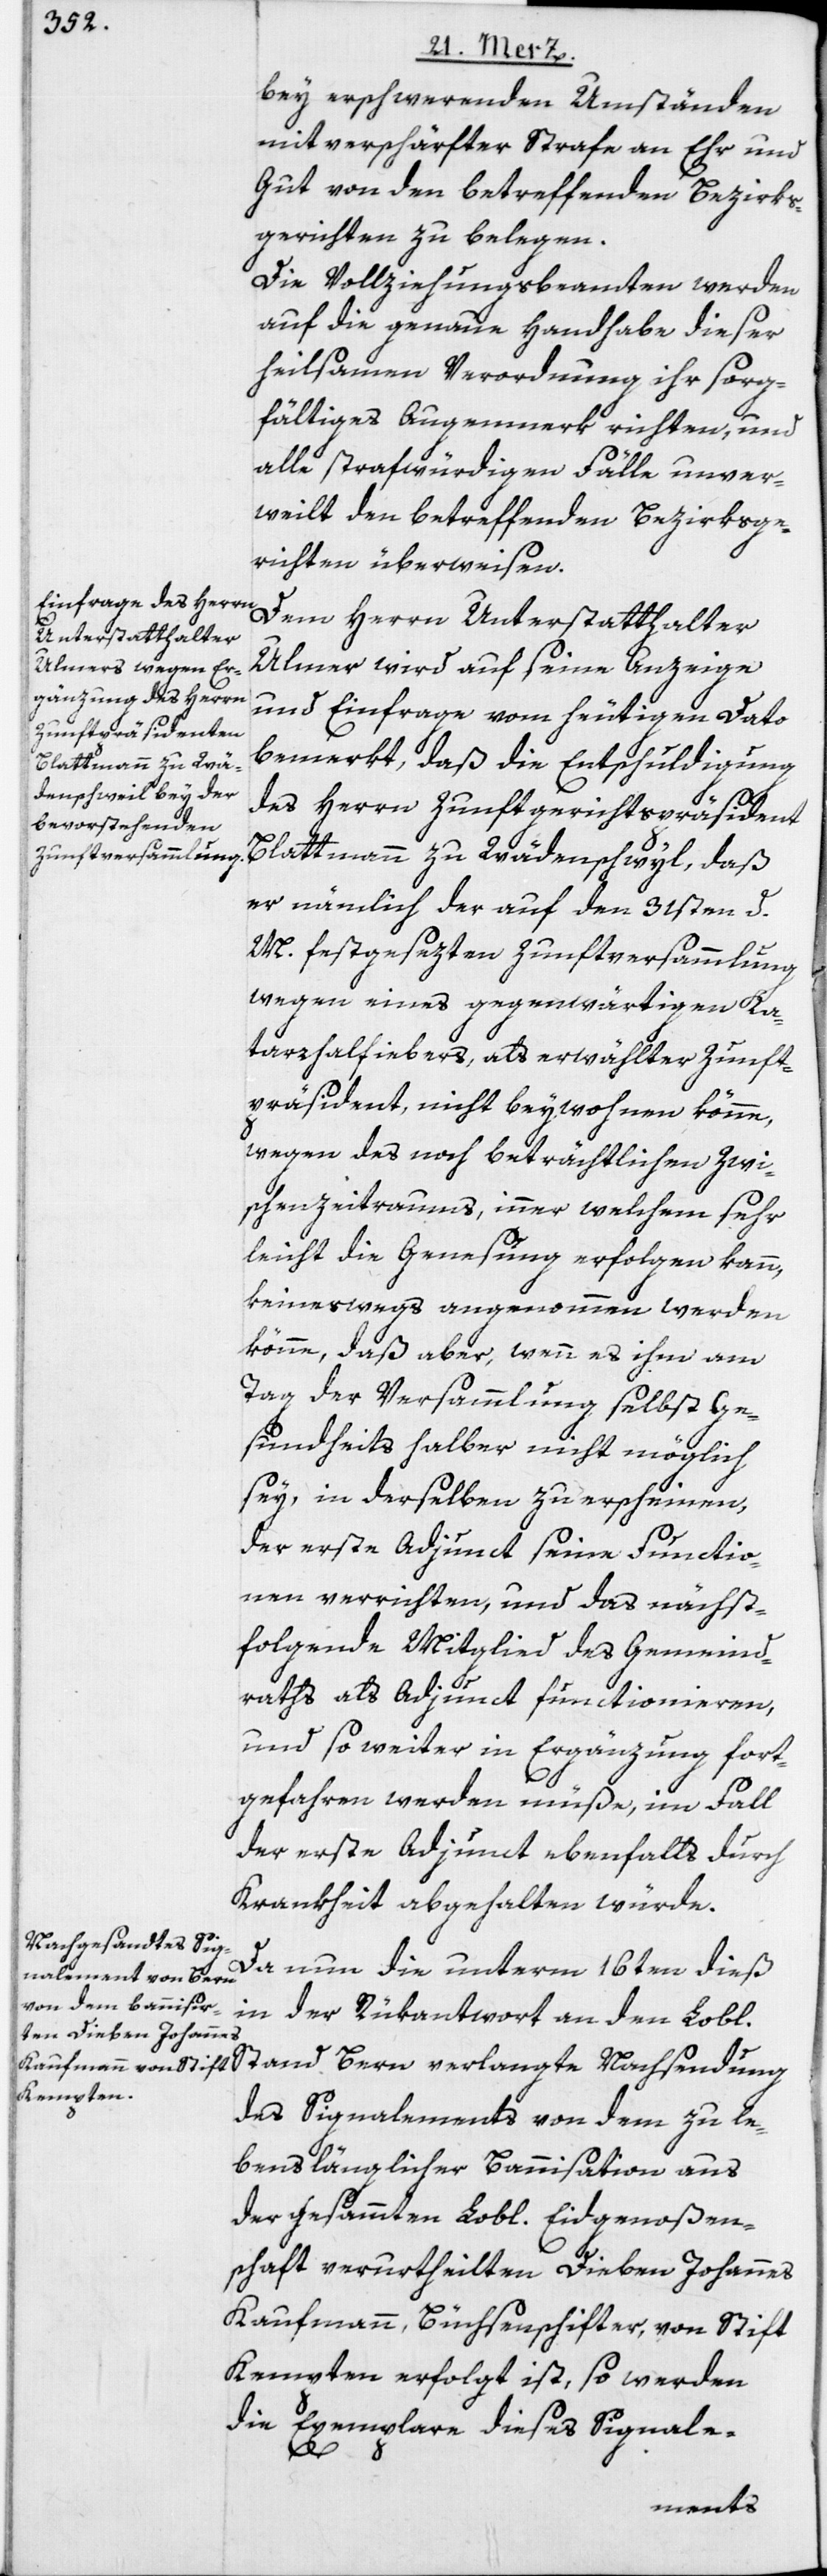
bey erschwerenden Umständen
mit verschärfter Strafe an Ehr und
Gut von den betreffenden Bezirks¬
gerichten zu belegen.
Die Vollziehungsbeamten werden
auf die genaue Handhabe dieser
heilsamen Verordnung ihr sorg¬
fältiges Augenmerk richten, und
alle strafwürdigen Fälle unver¬
weilt den betreffenden Bezirksge¬
richten überweisen.
Dem Herrn Unterstatthalter
Ulmer wird auf seine Anzeige
und Einfrage vom heutigen Dato
bemerkt, daß die Entschuldigung
des Herrn Zunftgerichtspräsident
Blattmann zu Wädenschwyl, daß
er nämlich der auf den 31sten d.
M. festgesezten Zunftversammlung
wegen eines gegenwärtigen Ka¬
tarrhalfiebers, als erwählter Zunft¬
präsident, nicht beywohnen könne,
wegen des noch beträchtlichen Zwi¬
schenzeitraums, inner welchem sehr
leicht die Genesung erfolgen kann,
keineswegs angenommen werden
könne, daß aber, wenn es ihm am
Tag der Versammlung selbst ge¬
sundheits halber nicht möglich
sey, in derselben zu erscheinen,
der erste Adjunct seine Functio¬
nen verrichten, und das nächst¬
folgende Mitglied des Gemeind¬
raths als Adjunct functionieren,
und so weiter in Ergänzung fort¬
gefahren werden müße, im Fall
der erste Adjunct ebenfalls durch
Krankheit abgehalten würde.
Da nun die unterm 16ten dieß
in der Rükantwort an den Lobl.
des Signalements von dem zu le¬
benslänglicher Bannisation aus
der gesammten Lobl. Eidgenoßen¬
schaft verurtheilten Dieben Johannes
Kaufmann, Büchsenschifter, von Stift
Kempten erfolgt ist, so werden
die Exemplare dieses Signale-